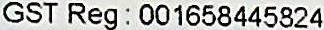
GST REG : 001658445824